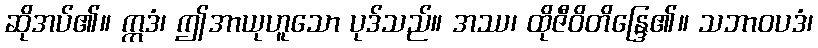
ဆိုအပ်၏။ ဣဒံ၊ ဤအာယုဟူသော ပုဒ်သည်။ အဿ၊ ထိုဇီဝိတိန္ဒြေ၏။ သဘာဝပဒံ၊